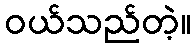
ဝယ်သည်တဲ့။